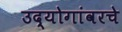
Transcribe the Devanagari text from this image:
उद्योगांवरचे